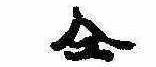
同